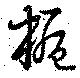
梔